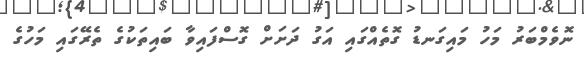
ނޮވެމްބަރު މަހު މައިގަނޑު ގޮތެއްގައި އަގު ދަށަށް ގޮސްފައިވާ ބައިތަކުގެ ތެރޭގައި މަހުގެ